Ambla_Vallakohus, lk 8
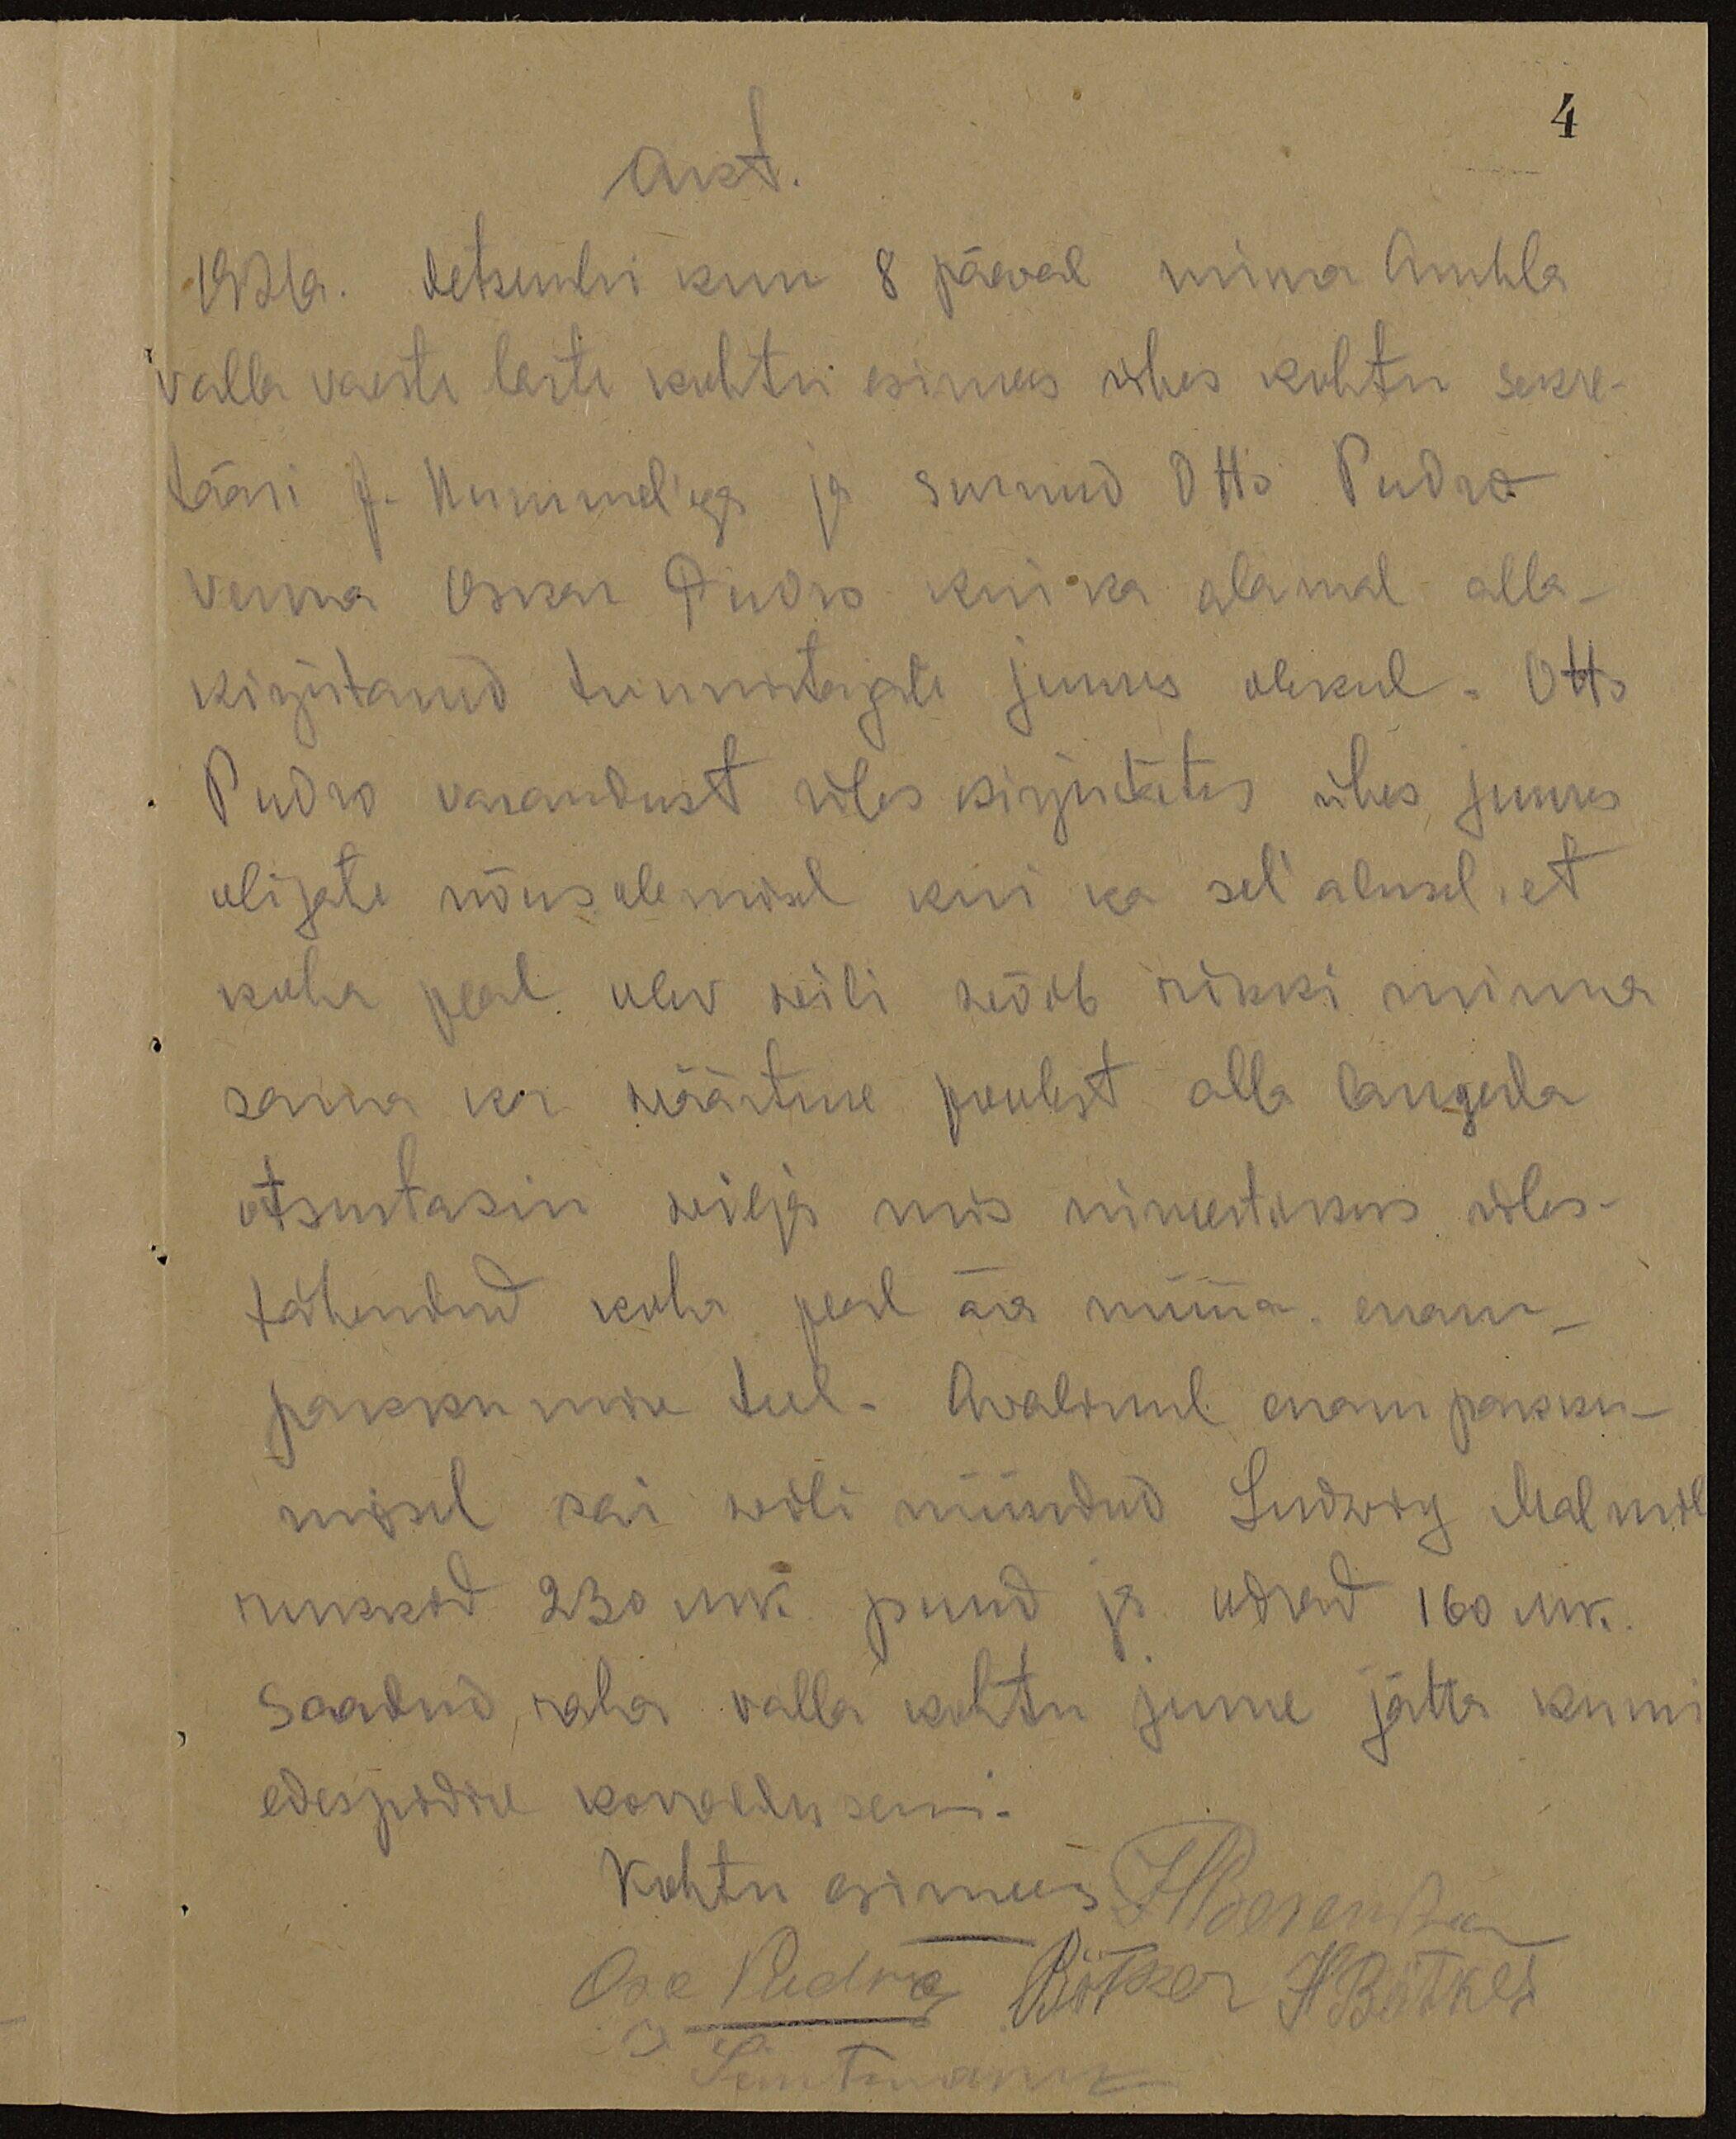
4
Akt.
1921. detsembri kuu 8 päeval minna Ambla
valla vaeste laste kohtu esimees ühes kohtu sekre-
tääri J. Kummel'iga ja surnud Otto Pudro
venna Oskar Pudro kui ka alamal alla-
kirjutanud tunnistajate juures olekul. Otto
Pudro varandust üles kirjudates ühes juures
olijate nõusolemisel kui ka sel alusel, et
koha peal olev wili wõib rikki minna
sama ka wäärtuse poolest alla langeda
otsutasin wilja mis nimetamise üles-
tähendud koha peal ära müüa enam
pakkumise teel. Awalikul enam pakku-
misel sai wili müüdud Ludwig Malmis
nuksid 230 mrk. puud ja odrad 160 mrk.
Saadud raha valla kohtu juure jätta kuni
edespidise korralduseni.
kohtu esimees Ileganda
Sai Pudna Bötker H. Bötker
Semtmanik